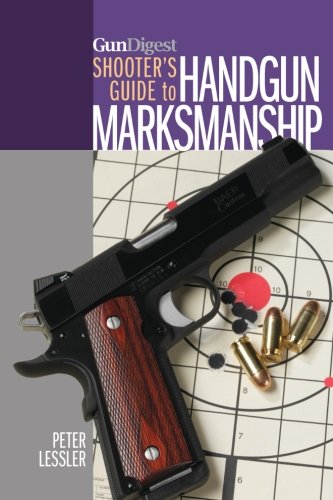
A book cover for Gun Digest Shooter's Guide to Handgun Marksmanship; Peter Lessler; Crafts, Hobbies & Home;